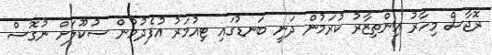
ރޮޖާސް މިހާރު އިންތިޒާރު ކުރަމުން ދަނީ ބަނޑުގައި ޓިއުމަރު އުފެދުމުން ސުކޫލަށް ނުގޮސް